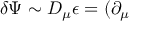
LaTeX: \delta \Psi \sim D _ { \mu } \epsilon = ( \partial _ { \mu }